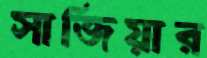
সাজিয়ার